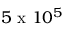
5 \mathrm { ~ x ~ } 1 0 ^ { 5 }